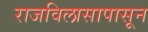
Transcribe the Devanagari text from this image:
राजविलासापासून